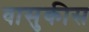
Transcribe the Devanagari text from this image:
वासुकीस